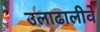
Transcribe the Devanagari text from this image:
उलाढालीवे